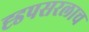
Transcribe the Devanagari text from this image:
ह्डपसरलाच